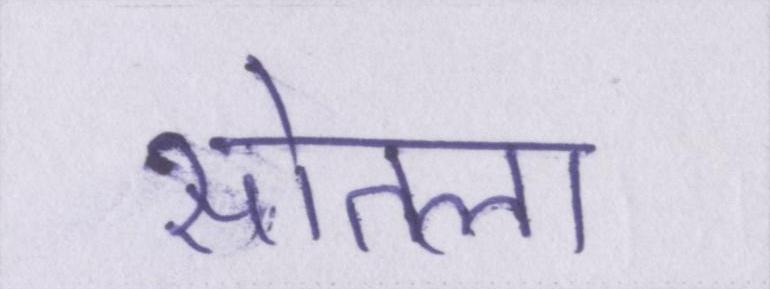
सोतला